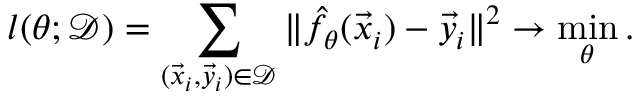
l ( \theta ; \mathcal { D } ) = \sum _ { ( \vec { x } _ { i } , \vec { y } _ { i } ) \in \mathcal { D } } \| \hat { f } _ { \theta } ( \vec { x } _ { i } ) - \vec { y } _ { i } \| ^ { 2 } \rightarrow \operatorname* { m i n } _ { \theta } .